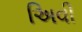
અિવી